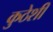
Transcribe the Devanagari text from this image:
कुठेशी